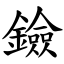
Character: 鐱